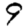
Digit: 9